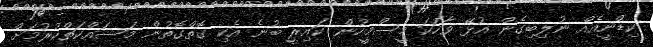
ކިޑްނީއެއް ނުލިބިގެން އުޅޭ ވާހަކަ މީސްމީހުން ކައިރީ ބުނެ އެކި ގޮތްގޮތުން މަސައްކަތްކުރުމަށް